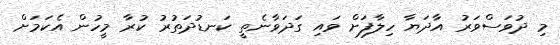
މި ދުވަސްވަރު އާދަޔާ ހިލާފަށް ވައި ގަދަވާނެތީ ކަނޑުދަތުރު ކުރާ މީހުން އެކަމަށް